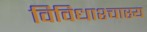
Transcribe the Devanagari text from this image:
विविधाश्चास्य